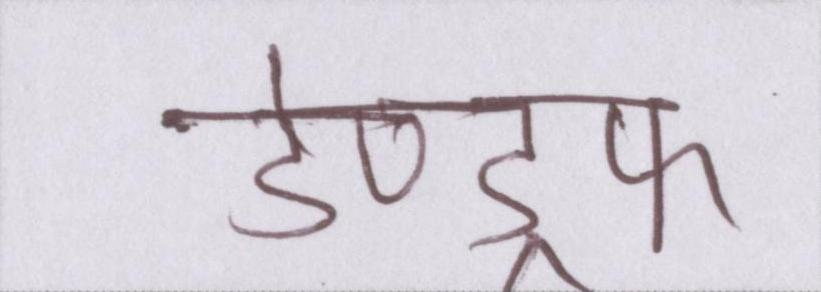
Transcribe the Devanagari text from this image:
डेण्ड्रफ